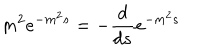
m ^ { 2 } e ^ { - m ^ { 2 } s } = - { \frac { d } { d s } } e ^ { - m ^ { 2 } s } ~ ~ ~